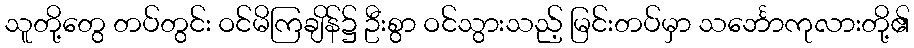
သူတို့တွေ တပ်တွင်း ဝင်မိကြချိန်၌ ဦးစွာ ဝင်သွားသည့် မြင်းတပ်မှာ သင်္ဘောကုလားတို့၏